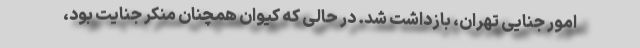
امور جنایی تهران، بازداشت شد. در حالی که کیوان همچنان منکر جنایت بود،